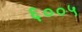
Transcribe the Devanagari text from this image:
६००५